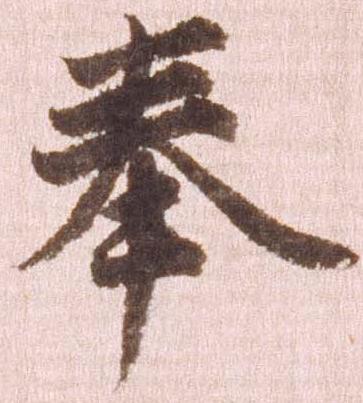
奉